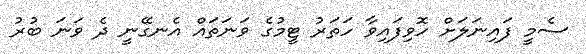
ސެމީ ފައިނަލަށް ހޮވިފައިވާ ހަތަރު ޓީމުގެ ވަނަތައް އެނގޭނީ ދެ ވަނަ ބުރު